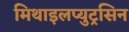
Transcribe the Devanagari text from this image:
मिथाइलप्युट्रसिन